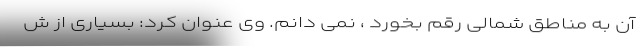
آن به مناطق شمالی رقم بخورد ، نمی دانم. وی عنوان کرد: بسیاری از ش